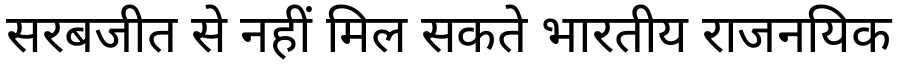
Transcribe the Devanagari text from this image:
सरबजीत से नहीं मिल सकते भारतीय राजनयिक